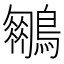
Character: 𪆍